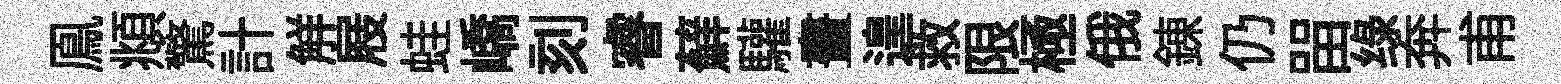
鳯頫驚計觧屐蛙嶠刻睿蘚驩畫遑救限極俄錬仍㽞绿奔甫